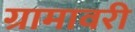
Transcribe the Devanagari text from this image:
ग्रामावरी